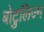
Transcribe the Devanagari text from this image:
बोटुलिज्म